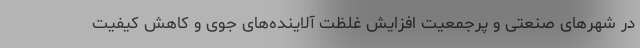
در شهرهای صنعتی و پرجمعیت افزایش غلظت آلاینده‌های جوی و کاهش کیفیت